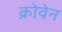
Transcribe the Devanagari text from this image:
क्रोवेन